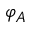
\varphi _ { A }